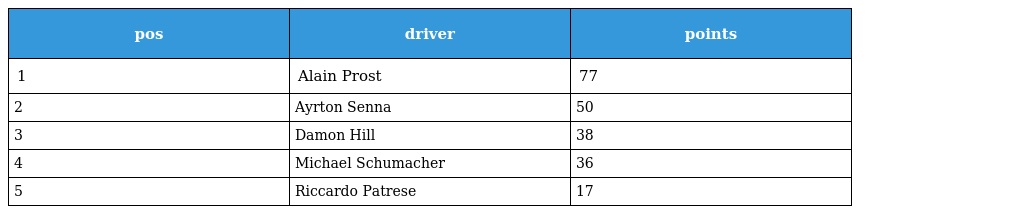
| pos | driver | points |
 | --- | --- | --- |
 | 1 | Alain Prost | 77 |
 | 2 | Ayrton Senna | 50 |
 | 3 | Damon Hill | 38 |
 | 4 | Michael Schumacher | 36 |
 | 5 | Riccardo Patrese | 17 |